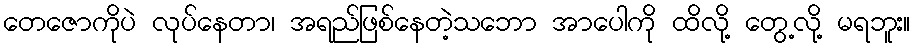
တေဇောကိုပဲ လုပ်နေတာ၊ အရည်ဖြစ်နေတဲ့သဘော အာပေါကို ထိလို့ တွေ့လို့ မရဘူး။